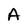
Character: A